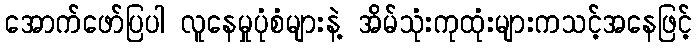
အောက်ဖော်ပြပါ လူနေမှုပုံစံများနဲ့ အိမ်သုံးကုထုံးများကသင့်အနေဖြင့်